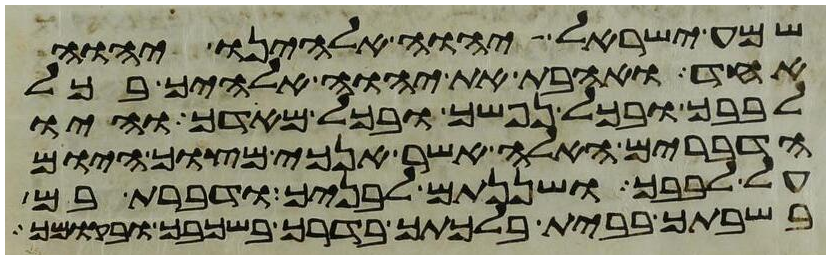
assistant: שמע ישראל יהוה אלהינו יהוה
אחד ואהבת את יהוה אלהיך בכל
לבבך ובכל נפשך ובכל מאדך והיו
הדברים האלה אשר אנכי מצוך היום
על לבבך ושננתם לבניך ודברת בם
בשבתך בבית בלכתך בדרך בשכבך ובקומך